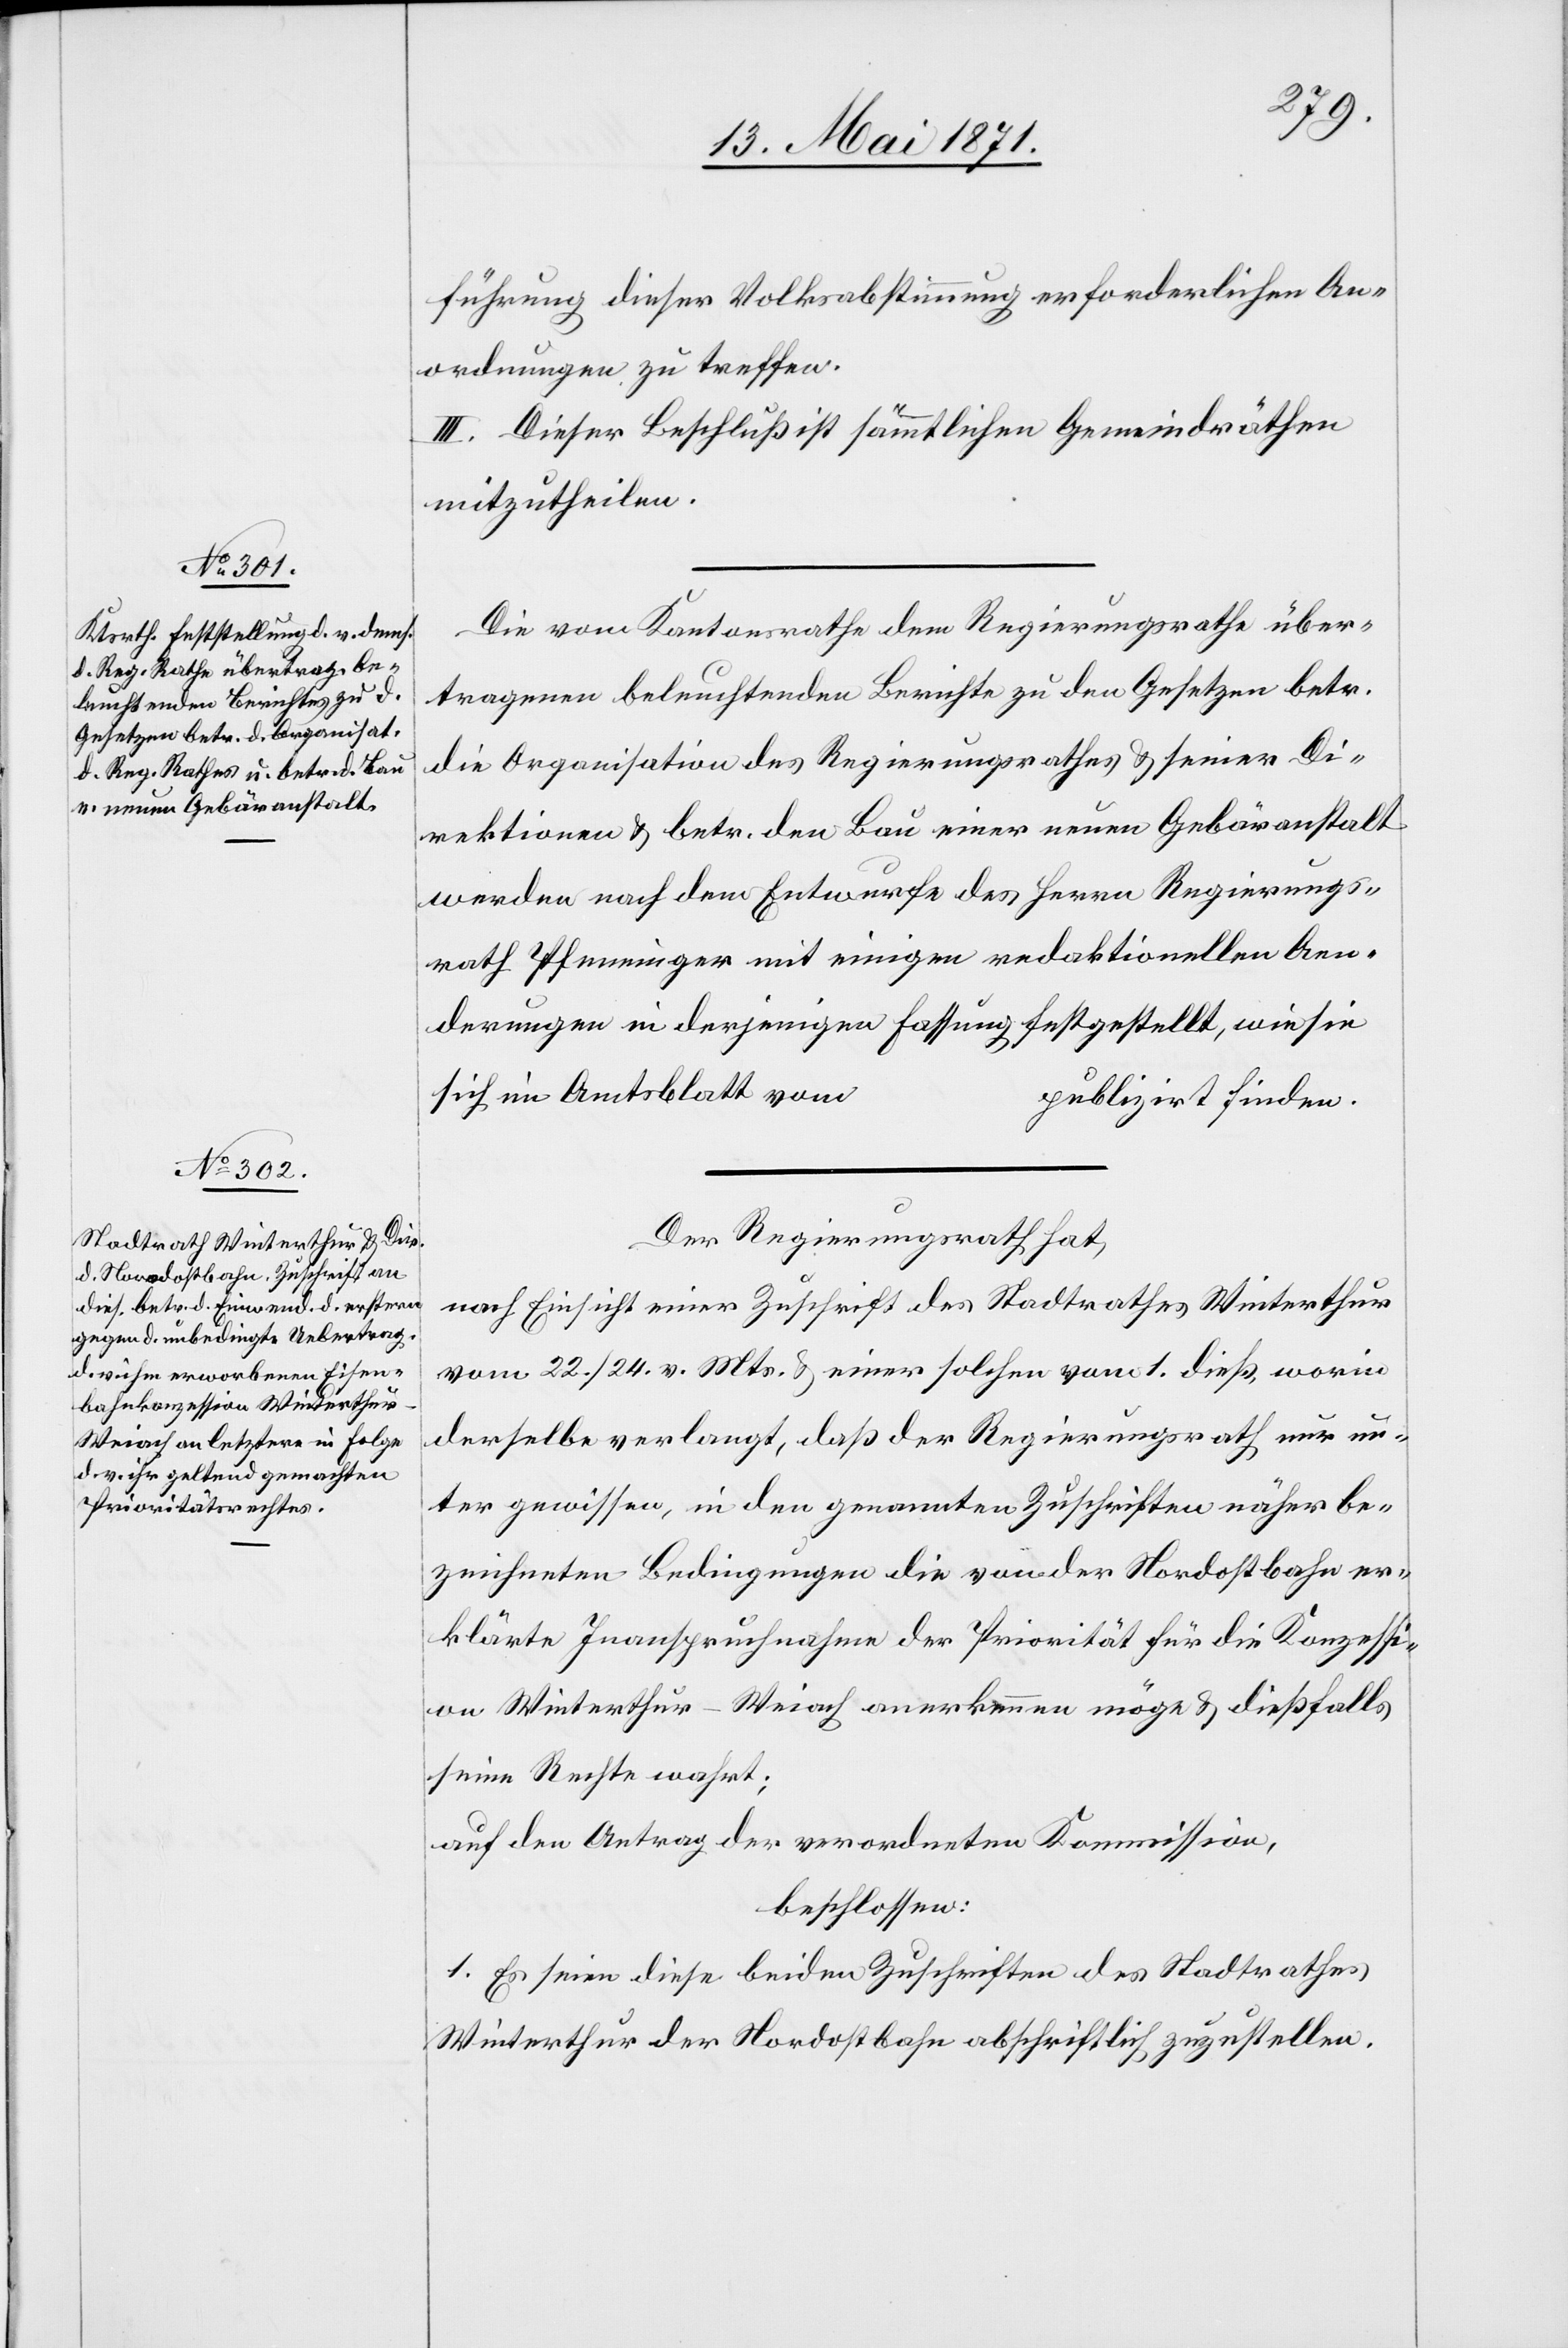
führung dieser Volksabstimmung erforderlichen An¬
ordnung zu treffen.
III. Dieser Beschluß ist sämmtlichen Gemeindräthen
mitzutheilen.
Die vom Kantonsrath dem Regierungsrathe über¬
tragenen beleuchtenden Berichte zu den Gesetzen betr.
die Organisation des Regierungsrathes u. seiner Di¬
rektionen u. betr. den Bau einer neuen Gebäranstalt
werden nach dem Entwurfe des Herrn Regierungs¬
rath Pfenninger mit einigen redaktionellen Aen¬
derungen in derjenigen Fassung festgestellt, wie sie
sich im Amtsblatt vom
publiziert finden.
Der Regierungsrath hat,
nach Einsicht einer Zuschrift des Stadtrathes Winterthur
vom 22./24. v. Mts. u. einer solchen vom 1. dieß, worin
derselbe verlangt, daß der Regierungsrath nur un¬
ter gewissen, in den genannten Zuschriften näher be¬
zeichneten Bedingungen die von der Nordostbahn er¬
klärte Inanspruchnahme der Priorität für die Konzessi¬
on Winterthur-Weiach anerkennen möge u. dießfalls
seine Rechte wahrt;
auf den Antrag der verordneten Kommission,
beschlossen:
1. Es seien diese beiden Zuschriften des Stadtrathes
Winterthur der Nordostbahn abschriftlich zuzustellen.